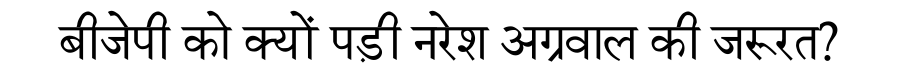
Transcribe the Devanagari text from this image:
बीजेपी को क्यों पड़ी नरेश अग्रवाल की जरूरत?